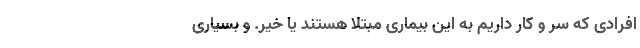
افرادی که سر و کار داریم به این بیماری مبتلا هستند یا خیر. و بسیاری